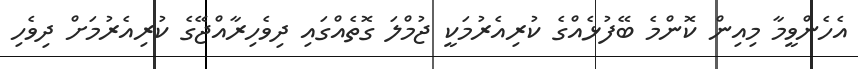
އެހެންވީމާ މިއިން ކޮންމެ ބޭފުޅެއްގެ ކުރިއެރުމަކީ ޖުމްލަ ގޮތެއްގައި ދިވެހިރާއްޖޭގެ ކުރިއެރުމަށް ދިވެހި